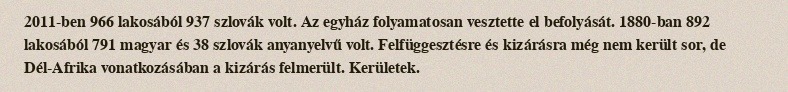
2011-ben 966 lakosából 937 szlovák volt. Az egyház folyamatosan vesztette el befolyását. 1880-ban 892 lakosából 791 magyar és 38 szlovák anyanyelvű volt. Felfüggesztésre és kizárásra még nem került sor, de Dél-Afrika vonatkozásában a kizárás felmerült. Kerületek.